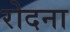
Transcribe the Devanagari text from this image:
रोदना